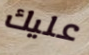
عليك